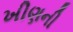
ખીણની